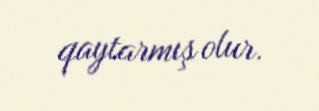
qaytarmış olur.